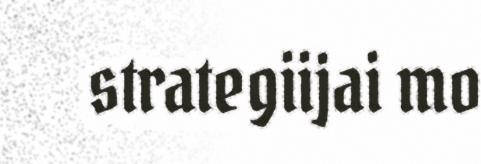
strategiijai mo